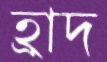
হ্রাদ